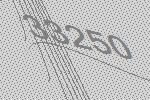
33250